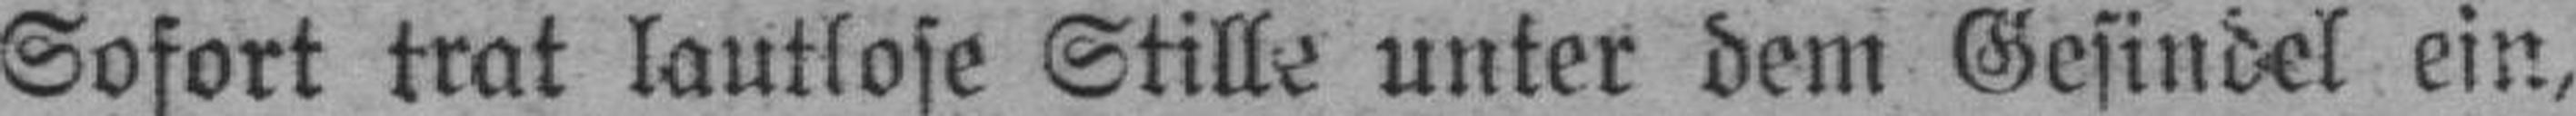
Sofort trat lautlose Stille unter dem Gesindel ein,